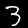
Digit: 3